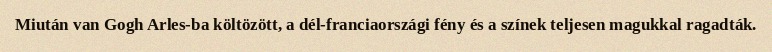
Miután van Gogh Arles-ba költözött, a dél-franciaországi fény és a színek teljesen magukkal ragadták.